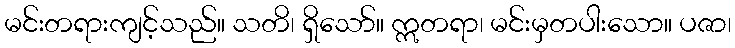
မင်းတရားကျင့်သည်။ သတိ၊ ရှိသော်။ ဣတရာ၊ မင်းမှတပါးသော။ ပဇာ၊